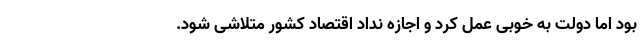
بود اما دولت به خوبی عمل کرد و اجازه نداد اقتصاد کشور متلاشی شود.